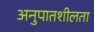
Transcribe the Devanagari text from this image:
अनुपातशीलता